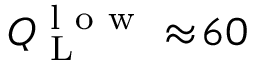
Q _ { \mathrm { ~ L ~ } } ^ { \mathrm { ~ l ~ o ~ w ~ } } \approx \! 6 0